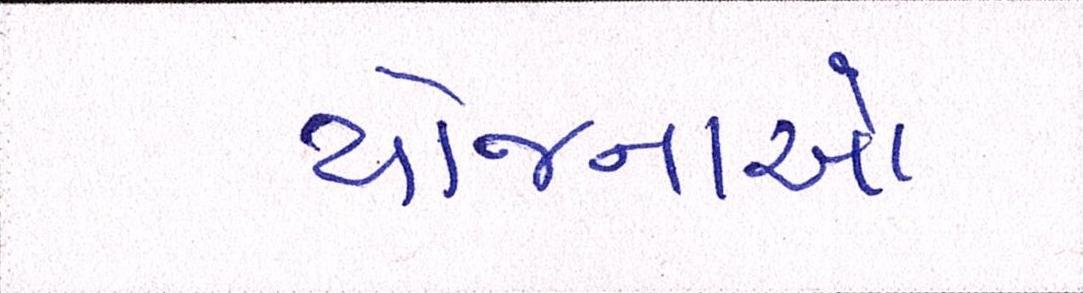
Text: યોજાનઓ